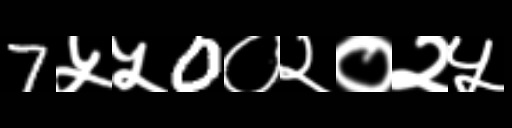
Text: 7५५0०२०२५